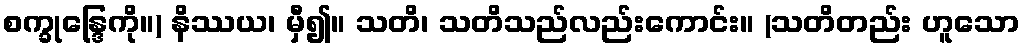
စက္ခုန္ဒြေကို။) နိဿယ၊ မှီ၍။ သတိ၊ သတိသည်လည်းကောင်း။ (သတိတည်း ဟူသော